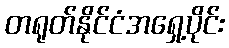
တရုတ်နိုင်ငံအရှေ့ပိုင်း